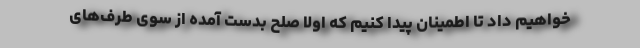
خواهیم داد تا اطمینان پیدا کنیم که اولاً صلح بدست آمده از سوی طرف‌های